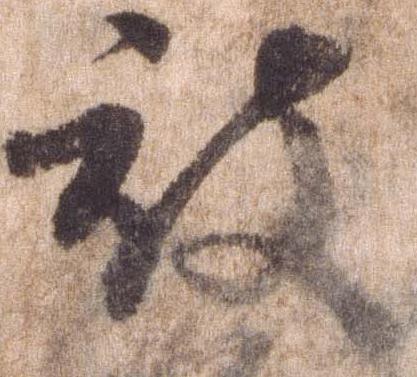
被